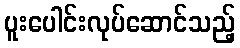
ပူးပေါင်းလုပ်ဆောင်သည့်